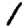
Digit: 1